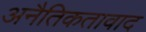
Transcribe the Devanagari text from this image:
अनैतिकतावाद